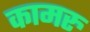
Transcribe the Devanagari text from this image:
कामरु